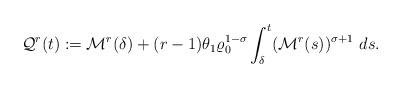
LaTeX: \begin{align*}\mathcal{Q}^{r}(t):=\mathcal{M}^{r}(\delta)+(r-1)\theta_{1}\varrho_{0}^{1-\sigma}\int_{\delta}^{t}(\mathcal{M}^{r}(s))^{\sigma+1}\ ds.\end{align*}